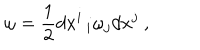
\omega = \displaystyle \frac { 1 } { 2 } d x ^ { i } \, _ { i } \omega _ { j } d x ^ { j } ~ ,